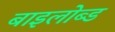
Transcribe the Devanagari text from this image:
बाइलोब्ड